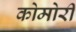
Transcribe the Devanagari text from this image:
कोमोरी